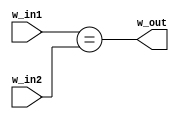
module m_cmp(w_in1, w_in2, w_out);
  input wire [4:0] w_in1, w_in2;
  output wire w_out;
  assign w_out = (w_in1 == w_in2);
endmodule